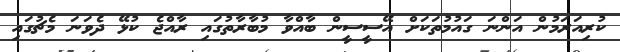
ކުރިއަރަމުން އަންނަ ގައުމުތަކަށް އޭސީސީން ބާއްވާ މުބާރާތުގައި ރާއްޖެ ކުޅޭ ދެވަނަ މެޗުގައި